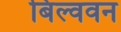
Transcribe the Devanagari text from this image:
बिल्ववन